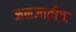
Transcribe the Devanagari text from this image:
जनजातीचा